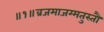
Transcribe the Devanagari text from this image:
॥१॥व्रजमाजग्मतुस्तौ